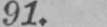
91.